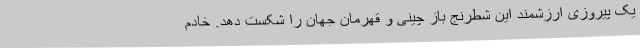
یک پیروزی ارزشمند این شطرنج باز چینی و قهرمان جهان را شکست دهد. خادم